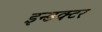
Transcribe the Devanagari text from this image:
इन्डक्टर